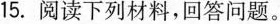
15.阅读下列材料，回答问题。